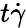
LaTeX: t\dot{\gamma}